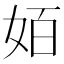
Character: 𰋿